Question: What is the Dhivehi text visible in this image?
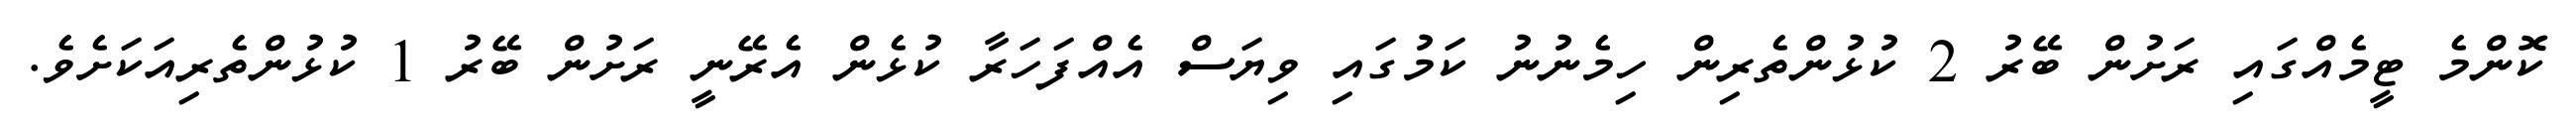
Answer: ކޮންމެ ޓީމެއްގައި ރަށުން ބޭރު 2 ކުޅުންތެރިން ހިމެނުނު ކަމުގައި ވިޔަސް އެއްފަހަރާ ކުޅެން އެރޭނީ ރަށުން ބޭރު 1 ކުޅުންތެރިއަކަށެވެ.